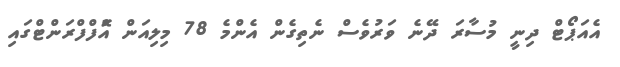
އެއަޕޯޓް ދިނީ މުސާރަ ދޭނެ ވަރުވެސް ނެތިގެން އެންމެ 78 މިލިއަން އަޮްފްފްރަންޓްގައި